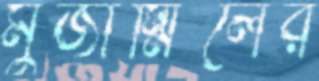
মুজাম্মিলের